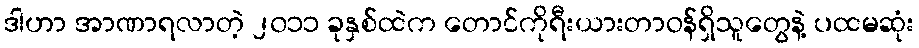
ဒါဟာ အာဏာရလာတဲ့ ၂၀၁၁ ခုနှစ်ထဲက တောင်ကိုရီးယားတာဝန်ရှိသူတွေနဲ့ ပထမဆုံး